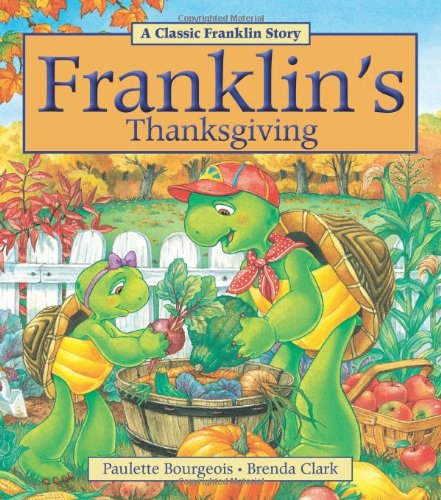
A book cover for Franklin's Thanksgiving; Paulette Bourgeois; Children's Books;